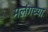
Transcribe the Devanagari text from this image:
मलंगच्या